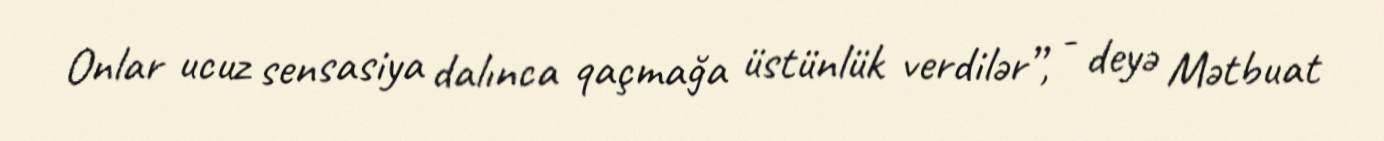
Onlar ucuz sensasiya dalınca qaçmağa üstünlük verdilər”, - deyə Mətbuat